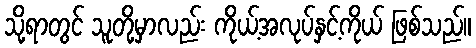
သို့ရာတွင် သူတို့မှာလည်း ကိုယ့်အလုပ်နှင့်ကိုယ် ဖြစ်သည်။